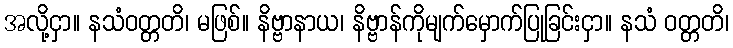
အလို့ငှာ။ နသံဝတ္တတိ၊ မဖြစ်။ နိဗ္ဗာနာယ၊ နိဗ္ဗာန်ကိုမျက်မှောက်ပြုခြင်းငှာ။ နသံ ဝတ္တတိ၊